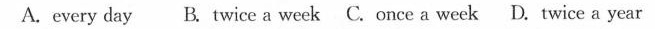
A. every day B. Twice a week C. Once a week D. Twice a year